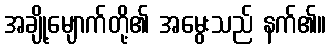
အချို့မျောက်တို့၏ အမွေးသည် နက်၏။